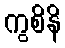
ကွစိနိ